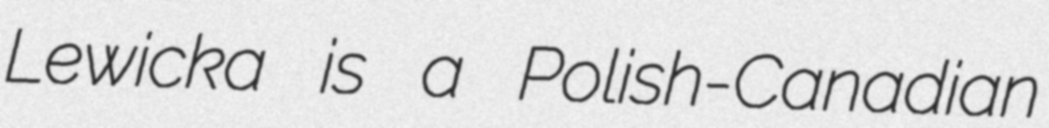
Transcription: Lewicka is a Polish-Canadian